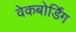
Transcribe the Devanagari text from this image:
वेकबोर्डिंग